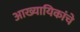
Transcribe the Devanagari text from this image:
आख्यायिकांचे